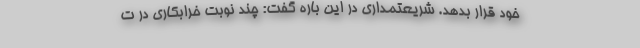
خود قرار بدهد. شریعتمداری در این باره گفت: چند نوبت خرابکاری در ت